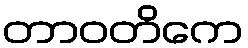
တာဝတိကေ